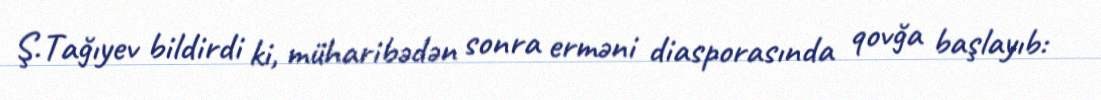
Ş.Tağıyev bildirdi ki, müharibədən sonra erməni diasporasında qovğa başlayıb: